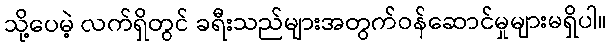
သို့ပေမဲ့ လက်ရှိတွင် ခရီးသည်များအတွက်ဝန်ဆောင်မှုများမရှိပါ။